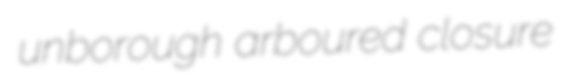
unborough arboured closure